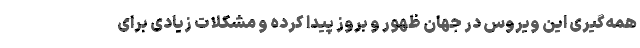
همه‌گیری این ویروس در جهان ظهور و بروز پیدا کرده و مشکلات زیادی برای